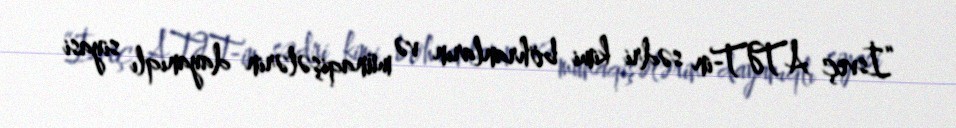
“İsveç ATƏT-in sədri kimi böhranların və münaqişələrin dayanıqlı siyasi